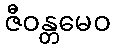
ဇီဝန္တမေဝ